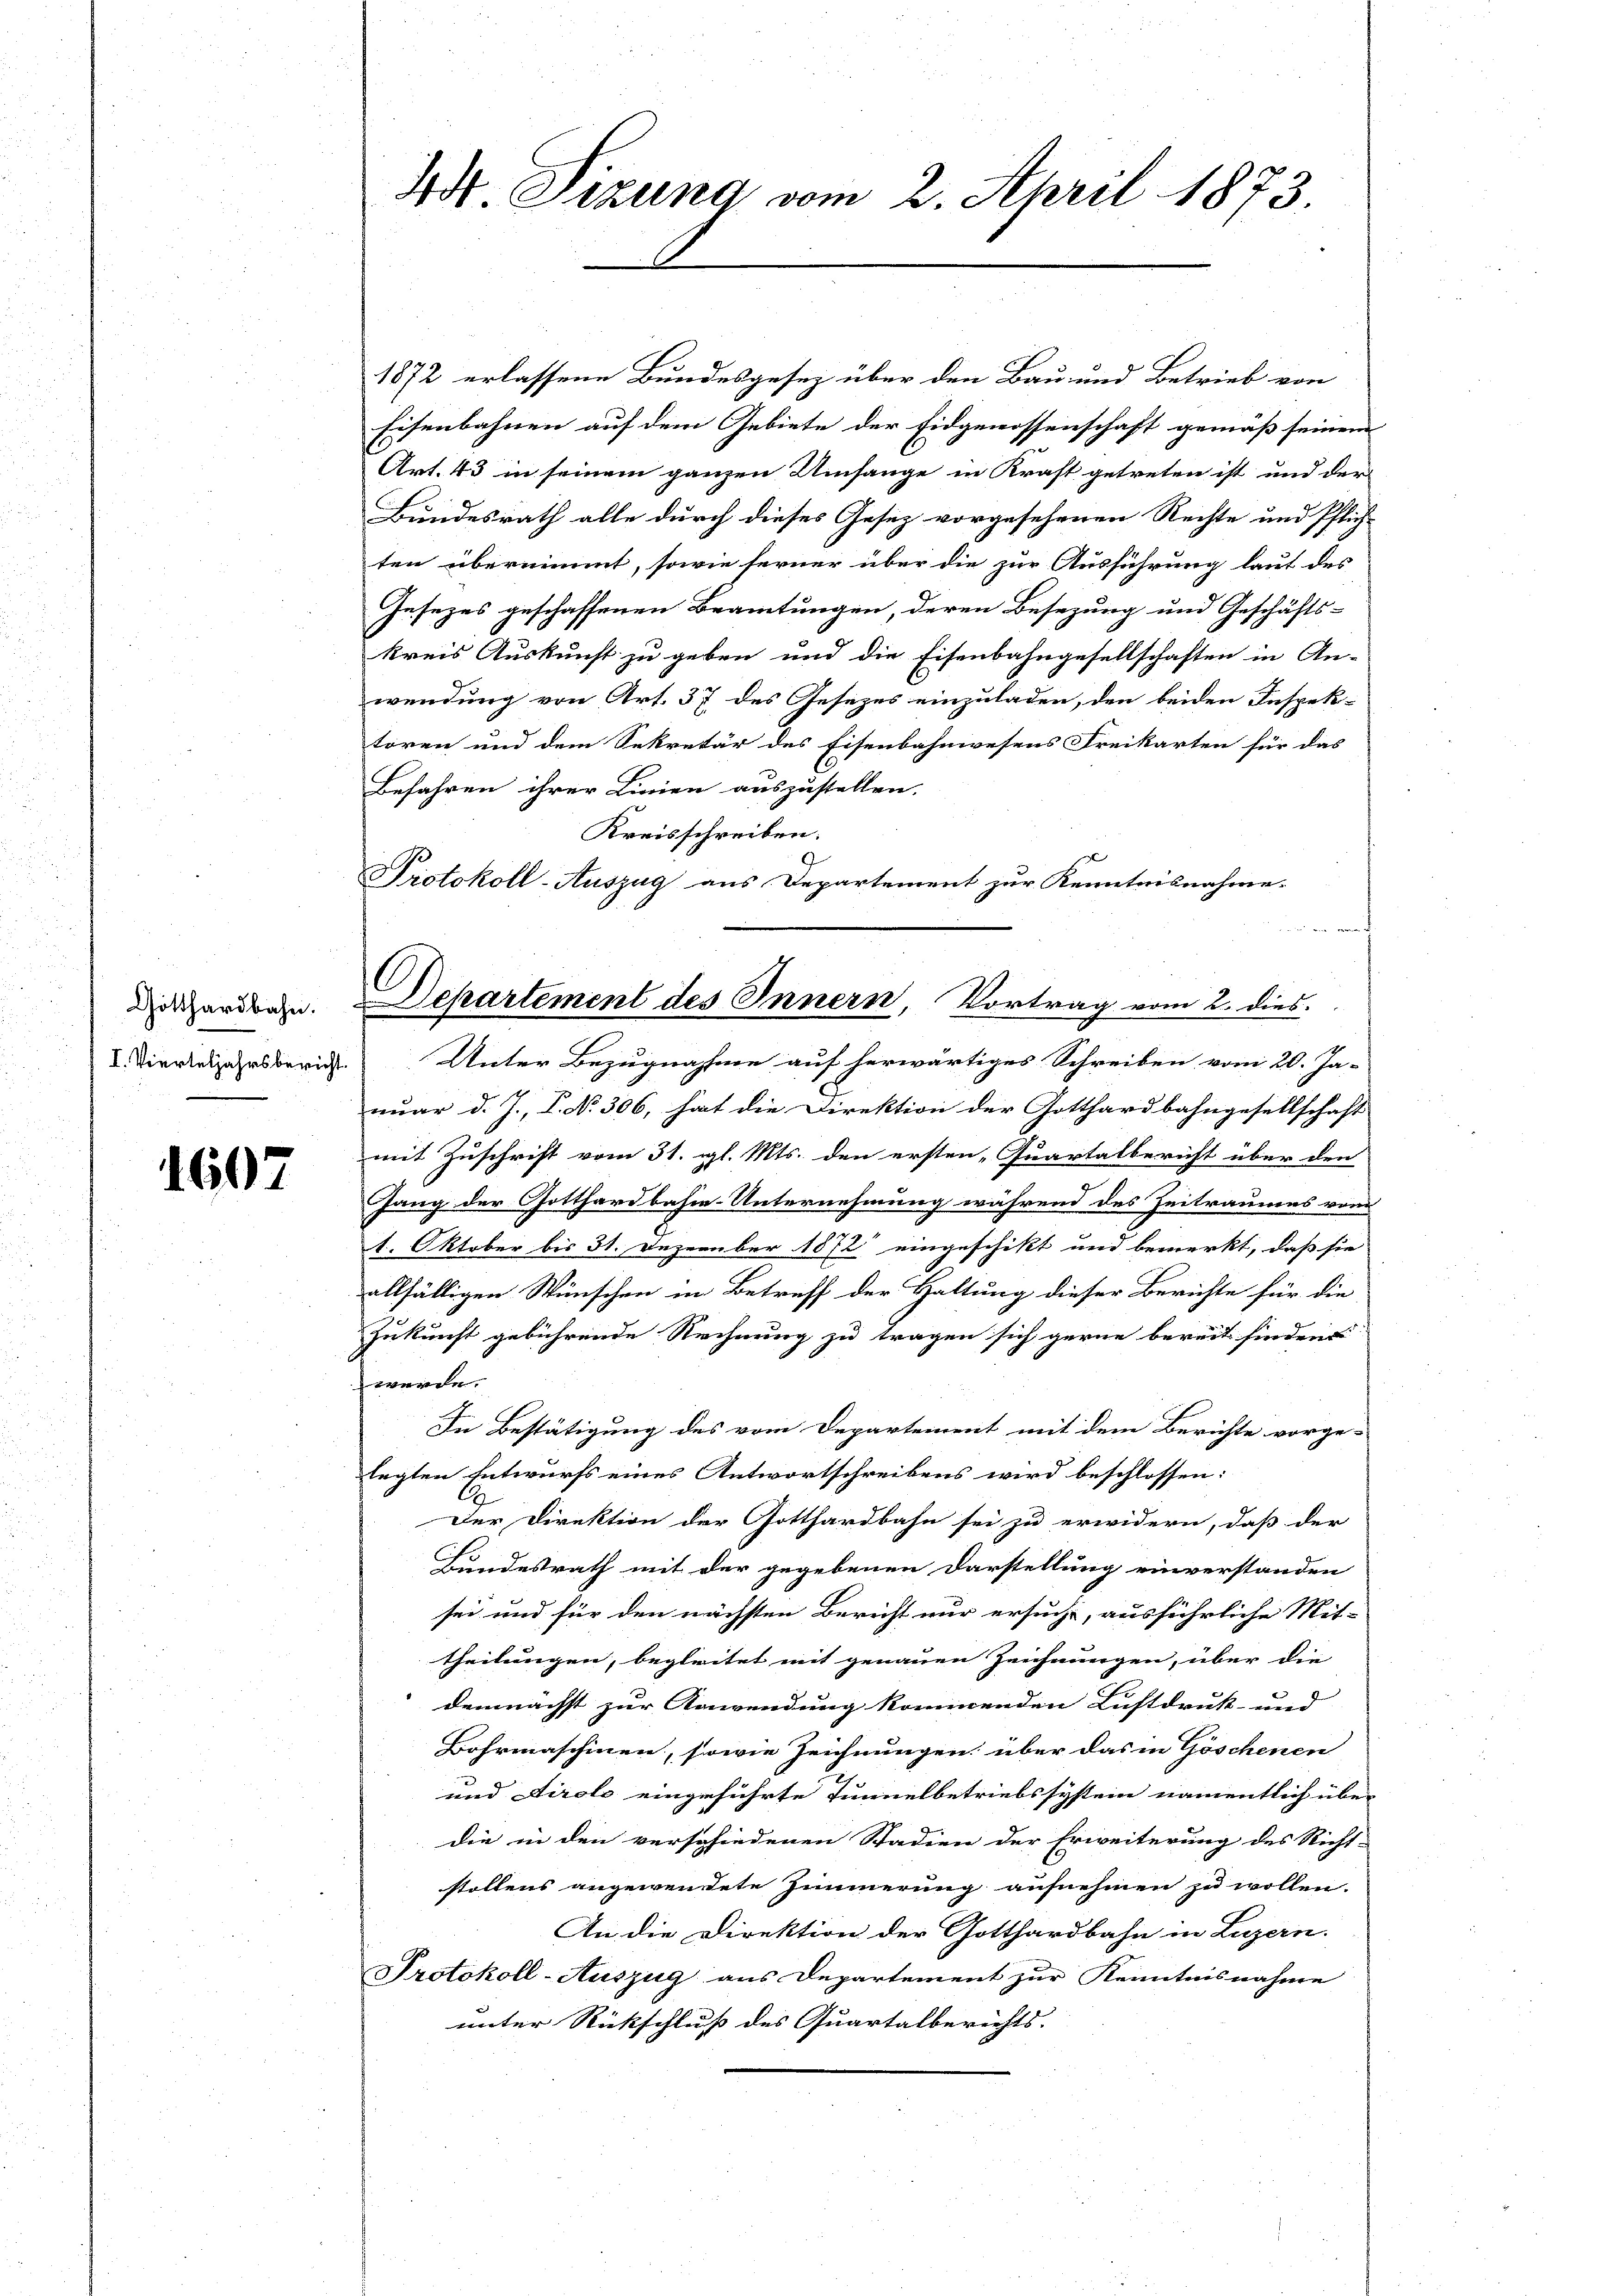
Gotthardbahn.
I. Vierteljahrsbericht.

1607

4t. Tizung vom 2. April 1873.

1872 erlassene Bundesgesez über den Bau und Betrieb von
Eisenbahnen auf dem Gebiete der Eidgenossenschaft gemäß seinem
Art. 43 in seinem ganzen Umfange in Kraft getreten ist und der
Bundesrath alle durch dieses Gesetz vorgesehenen Rechte und Pflich-
ten übernimmt, sowie ferner über die zur Ausführung laut des
Insezes geschaffenen Beamtungen, deren Besezung und Geschäfts-
kreis Auskunft zu geben und die Eisenbahngesellschaften in An-
wendung von Art. 37 des Gesezes einzuladen, den beiden Inspek-
tören und dem Sekretär des Eisenbahnwesens Freikarten für das
Befahren ihrer Linien auszustellen.
Kreisschreiben.
Protokoll-Auszug aus Departement zur Kenntnisnahme.

Unter Bezugnahme auf herwärtiges Schreiben vom 20. Ja-
nuar d. J., P. No 306, hat die Direktion der Gotthardbahngesellschaft
mit Zuschrift vom 31. gl. Mts. den ersten „Quartalbericht über den
hang der Gotthardbahn-Unternehmung während des Zeitraumes vom
1. Oktober bis 31. Dezember 1872 eingeschikt und bemerkt, daß sie
allfälligen Wünschen in Betreff der Haltung dieser Berichte für die
Zukunft gebührende Rechnung zu tragen sich gerne bereit finden
werde.
Die Bestätigung des vom Departement mit dem Berichte vorge-
legten Entwurfs eines Antwortschreibens wird beschlossen:
Der Direktion der Gotthardbahn sei zu erwidern, daß der
Bundesrath mit der gegebenen Darstellung einverstanden
sei und für den nächsten Bericht nur ersucht, ausführliche Mit-
theilungen, begleitet mit genauen Zeichnungen, über die
demnächst zur Anwendung kommenden Luftdruk- und |
Bahrmaschinen, sowie Zeichnungen über das in Göschenen
und Airolo eingeführte Tunnelbetriebssystem namentlich über
die in den verschiedenen Stadien der Erweiterung des Richt-
stollens angewendete Zimmerung aufnehmen zu wollen.
An die Direktion der Gotthardbahn in Luzern.
Protokoll-Auszug aus Departement zur Kenntnisnahme
unter Rückschluss des Quartalberichts- |

Departement des Innern, Vortrag vom 2. dies